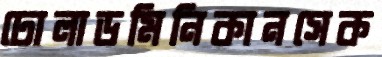
ঢোলাডমিনিকানসেক